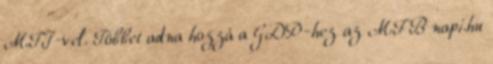
MTI-vel. Többet adna hozzá a GDP-hez az MFB napi.hu